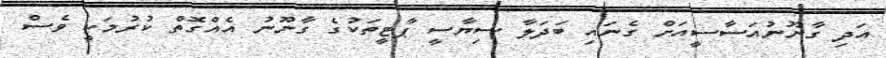
އަދި ގާނޫނުއަސާސީއަށް ގެނައި ބަދަލާ ސިޔާސީ ޕާޓީތަކުގެ ގާނޫނު އެއްގޮތް ކުރުމަކީ ވެސް